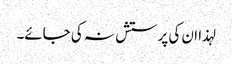
لہذا ان کی پرستش نہ کی جائے۔